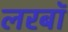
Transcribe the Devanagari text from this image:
लरबॉ